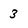
Character: 3